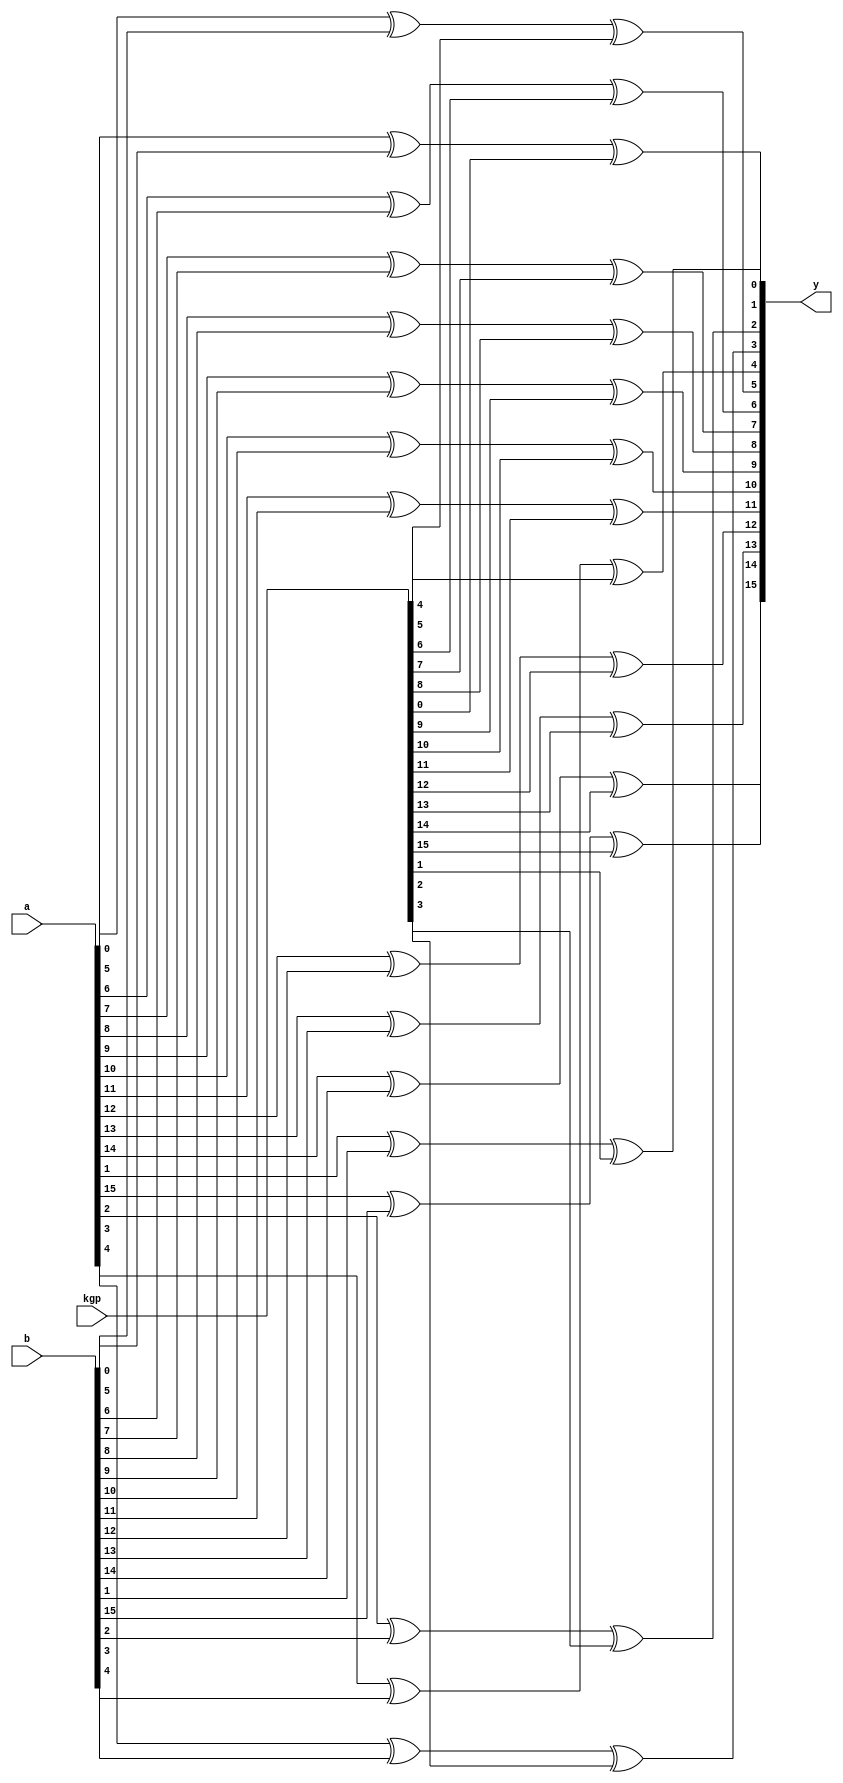
module EXOR(output [15:0]y ,input [15:0]a, input [15:0]b, input [15:0]kgp);

	genvar i;	
generate 
	
	
	for(i=0;i<16;i=i+1) begin
		assign y[i] =  a[i] ^ b[i] ^ kgp[i];  
	end
endgenerate

endmodule